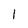
Character: 1